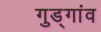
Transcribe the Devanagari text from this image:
गुड्गांव